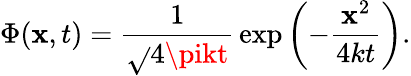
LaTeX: \Phi(\mathbf{x},t)={\frac{{1}}{{\sqrt{}{{4\pikt}}}}}\exp\left(-{\frac{{\mathbf{x}^{2}}}{{4kt}}}\right).